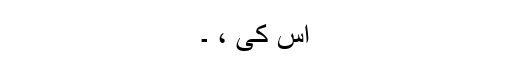
اُس کی ، ۔